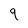
Character: 9